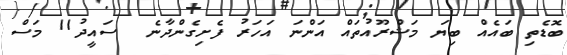
ބޮޑެތި ބައެއް ބިޔަ މަޝްރޫއުތައް އަންނަ އަހަރު ފެށިގެންދާނެ  ސައީދު11 މަސް